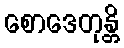
စောဒေတုန္တိ